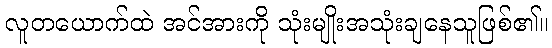
လူတယောက်ထဲ အင်အားကို သုံးမျိုးအသုံးချနေသူဖြစ်၏။